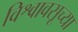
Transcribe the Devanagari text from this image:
विश्वावसूच्या